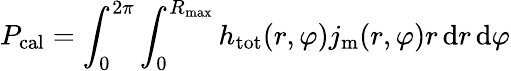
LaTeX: P_{\mathrm{cal}}=\int_{0}^{2\pi}\int_{0}^{R_{\mathrm{max}}}h_{\mathrm{tot}}(r,\varphi)j_{\mathrm{m}}(r,\varphi)r\, \mathrm{d}r\, \mathrm{d}\varphi